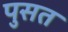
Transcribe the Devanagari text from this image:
पुसत